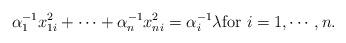
LaTeX: \begin{align*}\alpha_1^{-1}x_{1i}^2+\cdots+\alpha_n^{-1}x_{ni}^2=\alpha_i^{-1}\lambda {\rm for}\ i=1,\cdots,n.\end{align*}